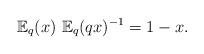
LaTeX: \begin{align*}\mathbb{E}_q(x)\ \mathbb{E}_q(qx)^{-1}=1-x.\end{align*}